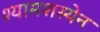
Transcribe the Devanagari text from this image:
श्यामशस्येन